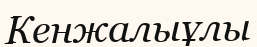
Кенжалыұлы